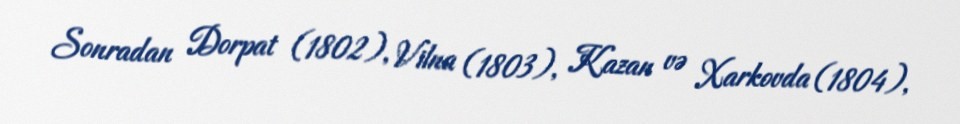
Sonradan Dorpat (1802), Vilna (1803), Kazan və Xarkovda (1804),